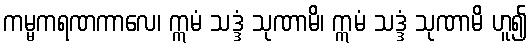
ကမ္မကရဏကာလေ၊ ဣမံ သဒ္ဒံ သုဏာမိ၊ ဣမံ သဒ္ဒံ သုဏာမိ ဟူ၍